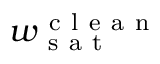
w _ { \mathrm { ~ s ~ a ~ t ~ } } ^ { \mathrm { ~ c ~ l ~ e ~ a ~ n ~ } }